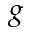
g